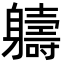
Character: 軇